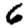
Digit: 6